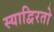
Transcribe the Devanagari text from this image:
स्याद्विरतो